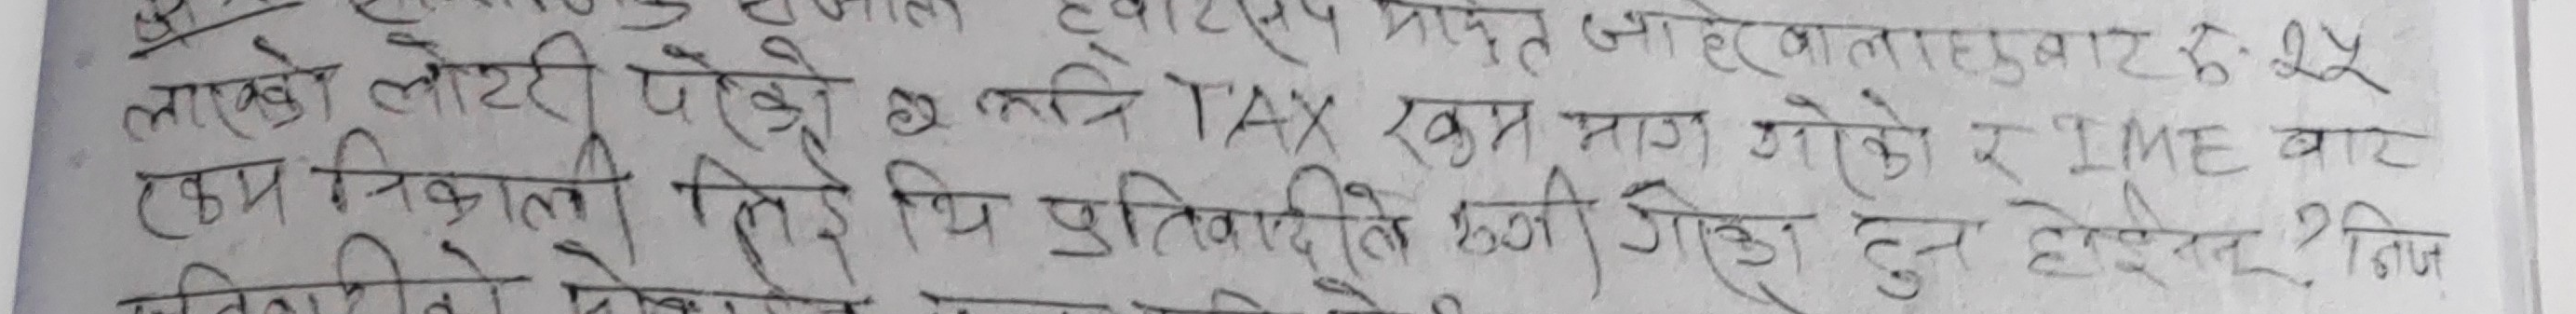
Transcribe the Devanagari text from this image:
पारस माइत जाहेरवालाछबाट ४.२५
लाएको लोटरी परेको र तनि TAX रकम माग गरेको र IME बार
कम निकाली लिई थि प्रतिवादति हनी गडा हुन होइनन् ? निज